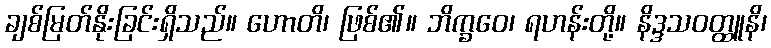
ချစ်မြတ်နိုးခြင်းရှိသည်။ ဟောတိ၊ ဖြစ်၏။ ဘိက္ခဝေ၊ ရဟန်းတို့။ နိဒ္ဒသဝတ္ထူနိ၊